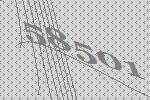
58501